Leaving Certificate Examination (including Day School Certificate (Higher) General paper), 1939
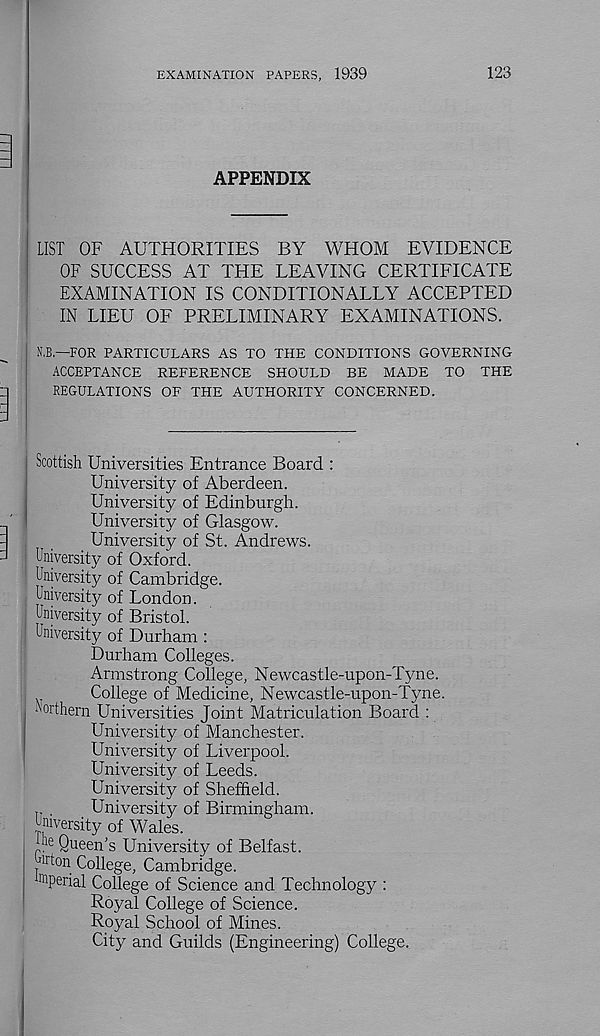
EXAMINATION PAPERS, 1939
123
APPENDIX
LIST OF AUTHORITIES BY WHOM EVIDENCE
OF SUCCESS AT THE LEAVING CERTIFICATE
EXAMINATION IS CONDITIONALLY ACCEPTED
IN LIEU OF PRELIMINARY EXAMINATIONS.
N,B.—FOR PARTICULARS AS TO THE CONDITIONS GOVERNING
ACCEPTANCE REFERENCE SHOULD BE MADE TO THE
REGULATIONS OF THE AUTHORITY CONCERNED.
Scottish Universities Entrance Board :
University of Aberdeen.
University of Edinburgh.
University of Glasgow.
University of St. Andrews.
University of Oxford.
University of Cambridge.
University of London.
University of Bristol.
University of Durham :
Durham Colleges.
Armstrong College, Newcastle-upon-Tyne.
College of Medicine, Newcastle-upon-Tyne.
Northern Universities Joint Matriculation Board :
University of Manchester.
University of Liverpool.
University of Leeds.
University of Sheffield.
.
University of Birmingham.
University of Wales,
nn Queen’s University of Belfast.
Von College, Cambridge,
nnperial College of Science and Technology :
Royal College of Science.
Royal School of Mines.
City and Guilds (Engineering) College.